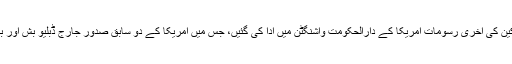
تفصیلات کے مطابق امریکا کے سابق سینیٹر جان مک کین کی آخری رسومات امریکا کے دارالحکومت واشنگٹن میں ادا کی گئیں، جس میں امریکا کے دو سابق صدور جارج ڈبلیو بش اور باراک اوباما نے اپنی اپنی اہلیہ کے ہمراہ شرکت کی تھی۔